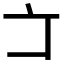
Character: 𠅁